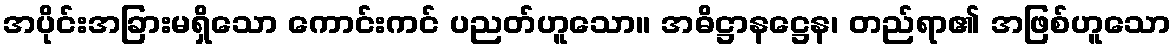
အပိုင်းအခြားမရှိသော ကောင်းကင် ပညတ်ဟူသော။ အဓိဋ္ဌာနဋ္ဌေန၊ တည်ရာ၏ အဖြစ်ဟူသော